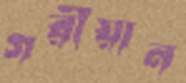
গরীয়ান